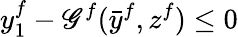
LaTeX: y_{1}^{f}-\mathscr{G}^{f}({\bar{{y}}}^{f},z^{f})\leq0